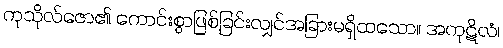
ကုသိုလ်ဇော၏ ကောင်းစွာဖြစ်ခြင်းလျှင်အခြားမရှိထသော။ အကုဋိလံ၊